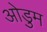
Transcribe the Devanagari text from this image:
ओडुम